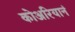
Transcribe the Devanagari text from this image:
कोअरियानं